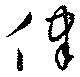
侓